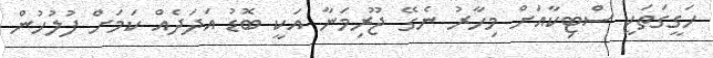
ހަގީގަތަކީ ސްޓިކާއަށް މިހާރު ނެގޭ ޖޫރިމަނާ އަކީ ބޮޑު އަދަދެއް ކަމަށް ފުލުހުން